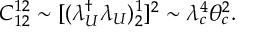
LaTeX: C _ { 1 2 } ^ { 1 2 } \sim [ ( \lambda _ { U } ^ { \dagger } \lambda _ { U } ) _ { 2 } ^ { 1 } ] ^ { 2 } \sim \lambda _ { c } ^ { 4 } \theta _ { c } ^ { 2 } .